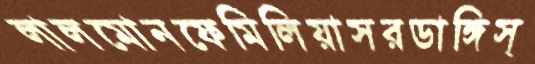
লালমোনফেমিলিয়াসরডাঙ্গিস্